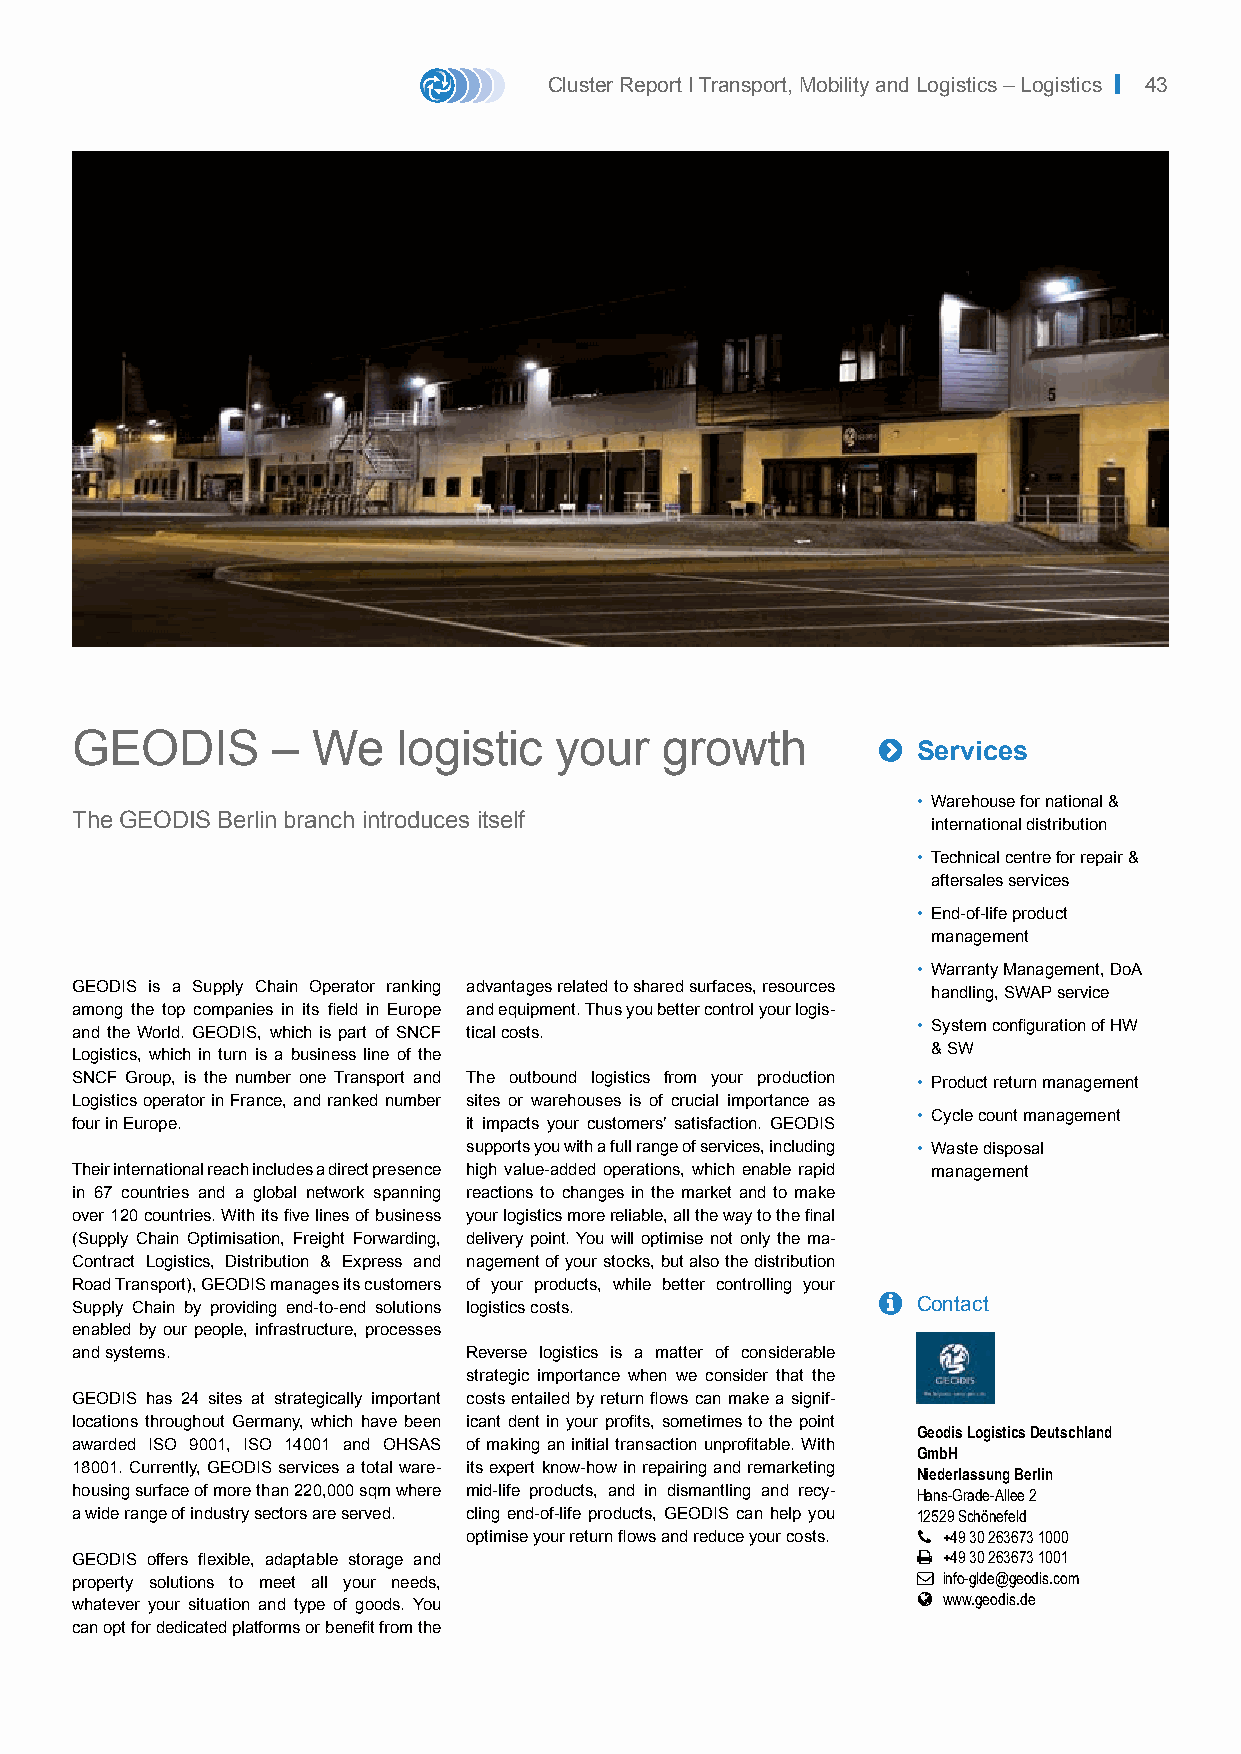
Cluster Report I Transport, Mobility and Logistics – Logistics | 43
 GEODIS       –  We   logistic   your   growth        
 Services
 • Warehouse for national &
 The GEODIS Berlin branch introduces itself
 international distribution
 • Technical centre for repair &
 aftersales services
 • End-of-life product
 management
 • Warranty Management, DoA
 GEODIS is a Supply Chain Operator ranking advantages related to shared surfaces, resources
 handling, SWAP service
 among the top companies in its field in Europe and equipment. Thus you better control your logis-
 and the World. GEODIS, which is part of SNCF tical costs. • System configuration of HW
 Logistics, which in turn is a business line of the       & SW
 SNCF Group, is the number one Transport and The outbound logistics from your production • Product return management
 Logistics operator in France, and ranked number sites or warehouses is of crucial importance as
 • Cycle count management
 four in Europe.           it impacts your customers’ satisfaction. GEODIS
 supports you with a full range of services, including • Waste disposal
 Their international reach includes a direct presence high value-added operations, which enable rapid management
 in 67 countries and a global network spanning reactions to changes in the market and to make
 over 120 countries. With its five lines of business your logistics more reliable, all the way to the final
 (Supply Chain Optimisation, Freight Forwarding, delivery point. You will optimise not only the ma-
 Contract Logistics, Distribution & Express and nagement of your stocks, but also the distribution
 Road Transport), GEODIS manages its customers of your products, while better controlling your
 Supply Chain by providing end-to-end solutions logistics costs.  Contact
 enabled by our people, infrastructure, processes
 and systems.              Reverse logistics is a matter of considerable
 strategic importance when we consider that the
 GEODIS has 24 sites at strategically important costs entailed by return flows can make a signif-
 locations throughout Germany, which have been icant dent in your profits, sometimes to the point
 Geodis Logistics Deutschland
 awarded ISO 9001, ISO 14001 and OHSAS of making an initial transaction unprofitable. With
 GmbH
 18001. Currently, GEODIS services a total ware- its expert know-how in repairing and remarketing Niederlassung Berlin
 housing surface of more than 220,000 sqm where mid-life products, and in dismantling and recy- Hans-Grade-Allee 2
 a wide range of industry sectors are served. cling end-of-life products, GEODIS can help you 12529 Schönefeld
 optimise your return flows and reduce your costs.  +49 30 263673 1000
 GEODIS offers flexible, adaptable storage and            +49 30 263673 1001
 property solutions to meet all your needs,               info-glde@geodis.com
  www.geodis.de
 whatever your situation and type of goods. You
 can opt for dedicated platforms or benefit from the